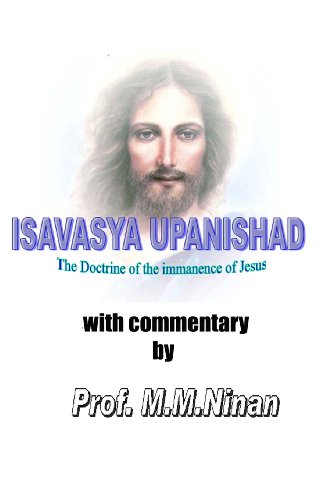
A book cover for Isavasya Upanishad: The Immanence Of Jesus; Prof. M.M. Ninan; Religion & Spirituality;